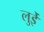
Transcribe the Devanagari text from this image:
लुईे